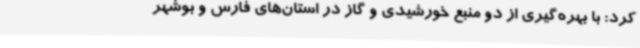
کرد: با بهره‌گیری از دو منبع خورشیدی و گاز در استان‌های فارس و بوشهر